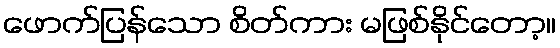
ဖောက်ပြန်သော စိတ်ကား မဖြစ်နိုင်တော့။